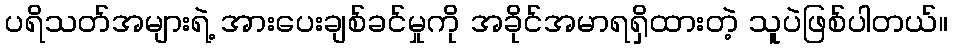
ပရိသတ်အများရဲ့ အားပေးချစ်ခင်မှုကို အခိုင်အမာရရှိထားတဲ့ သူပဲဖြစ်ပါတယ်။